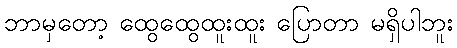
ဘာမှတော့ ထွေထွေထူးထူး ပြောတာ မရှိပါဘူး